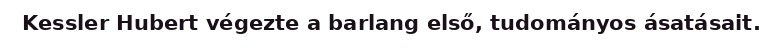
Kessler Hubert végezte a barlang első, tudományos ásatásait.